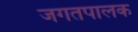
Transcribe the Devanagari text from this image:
जगतपालक